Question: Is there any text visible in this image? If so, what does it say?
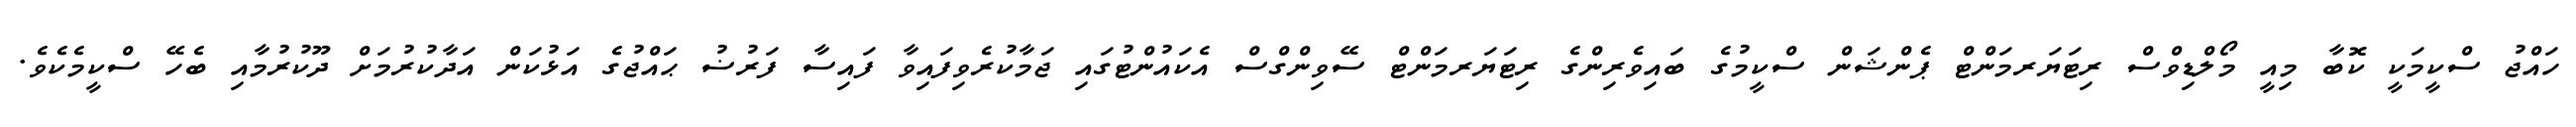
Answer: ހައްޖު ސްކީމަކީ ކޮބާ މިއީ މޯލްޑިވްސް ރިޓަޔަރމަންޓް ޕެންޝަން ސްކީމުގެ ބައިވެރިންގެ ރިޓަޔަރމަންޓް ސޭވިންގްސް އެކައުންޓުގައި ޖަމާކުރެވިފައިވާ ފައިސާ ފަރުޟު ޙައްޖުގެ އަޅުކަން އަދާކުރުމަށް ދޫކުރުމާއި ބެހޭ ސްކީމެކެވެ.